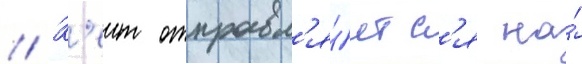
// К'еит отправл'я́етс'я на́